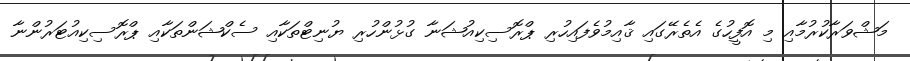
މަޝްވަރާކުރުމާއި މި އޮފީހުގެ އެތެރޭގައި ޤާއިމުވެފައިހުރި ޕްރޮސިކިއުޝަނާ ގުޅުންހުރި ޔުނިޓްތަކާއި ސެކްޝަންތަކާއި ޕްރޮސިކިއުޓަރުންނާ